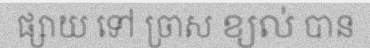
ផ្សាយ ទៅ ច្រាស ខ្យល់ បាន